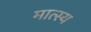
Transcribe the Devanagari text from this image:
मात्स्य